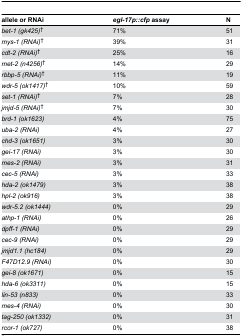
<table><thead><tr><td><b>allele or RNAi</b></td><td><b><i>egl-17p::cfp</i> assay</b></td><td><b>N</b></td></tr></thead><tbody><tr><td><i>bet-1 (gk425)</i><sup>†</sup></td><td>71%</td><td>51</td></tr><tr><td><i>mys-1 (RNAi)</i><sup>†</sup></td><td>39%</td><td>31</td></tr><tr><td><i>cdt-2 (RNAi)</i><sup>†</sup></td><td>25%</td><td>16</td></tr><tr><td><i>met-2 (n4256)</i><sup>†</sup></td><td>14%</td><td>29</td></tr><tr><td><i>rbbp-5 (RNAi)</i><sup>†</sup></td><td>11%</td><td>19</td></tr><tr><td><i>wdr-5 (ok1417)</i><sup>†</sup></td><td>10%</td><td>59</td></tr><tr><td><i>set-1 (RNAi)</i><sup>†</sup></td><td>7%</td><td>28</td></tr><tr><td><i>jmjd-5 (RNAi)</i><sup>†</sup></td><td>7%</td><td>30</td></tr><tr><td><i>brd-1 (ok1623)</i></td><td>4%</td><td>75</td></tr><tr><td><i>uba-2 (RNAi)</i></td><td>4%</td><td>27</td></tr><tr><td><i>chd-3 (ok1651)</i></td><td>3%</td><td>30</td></tr><tr><td><i>gei-17 (RNAi)</i></td><td>3%</td><td>30</td></tr><tr><td><i>mes-2 (RNAi)</i></td><td>3%</td><td>31</td></tr><tr><td><i>cec-5 (RNAi)</i></td><td>3%</td><td>33</td></tr><tr><td><i>hda-2 (ok1479)</i></td><td>3%</td><td>38</td></tr><tr><td><i>hpl-2 (ok916)</i></td><td>3%</td><td>38</td></tr><tr><td><i>wdr-5.2 (ok1444)</i></td><td>0%</td><td>29</td></tr><tr><td><i>athp-1 (RNAi)</i></td><td>0%</td><td>26</td></tr><tr><td><i>dpff-1 (RNAi)</i></td><td>0%</td><td>29</td></tr><tr><td><i>cec-9 (RNAi)</i></td><td>0%</td><td>29</td></tr><tr><td><i>jmjd1.1 (hc184)</i></td><td>0%</td><td>29</td></tr><tr><td><i>F47D12.9 (RNAi)</i></td><td>0%</td><td>30</td></tr><tr><td><i>gei-8 (ok1671)</i></td><td>0%</td><td>15</td></tr><tr><td><i>hda-6 (ok3311)</i></td><td>0%</td><td>15</td></tr><tr><td><i>lin-53 (n833)</i></td><td>0%</td><td>33</td></tr><tr><td><i>mes-4 (RNAi)</i></td><td>0%</td><td>30</td></tr><tr><td><i>tag-250 (ok1332)</i></td><td>0%</td><td>31</td></tr><tr><td><i>rcor-1 (ok727)</i></td><td>0%</td><td>38</td></tr></tbody></table>